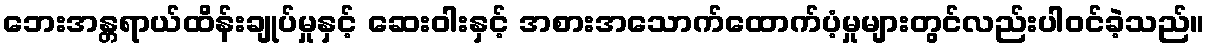
ဘေးအန္တရာယ်ထိန်းချုပ်မှုနှင့် ဆေးဝါးနှင့် အစားအသောက်ထောက်ပံ့မှုများတွင်လည်းပါဝင်ခဲ့သည်။